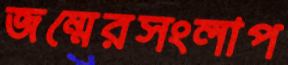
জম্মেরসংলাপ